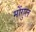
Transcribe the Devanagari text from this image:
मोंगुल